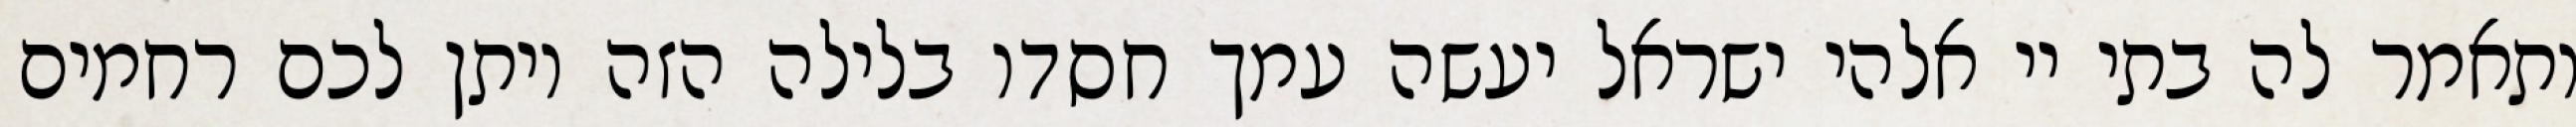
ותאמר לה בתי יי אלהי ישראל יעשה עמך חסדו בלילה הזה ויתן לכם רחמים